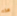
هذه